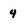
Character: 4